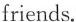
friends.